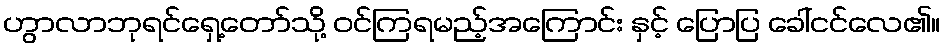
ဟွာလာဘုရင်ရှေ့တော်သို့ ဝင်ကြရမည့်အကြောင်း နှင့် ပြောပြ ခေါ်ငင်လေ၏။